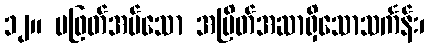
၁၂။ မဖြတ်အပ်သော အမြိတ်အဆာရှိသောသင်္ကန်း၊